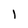
Character: 1